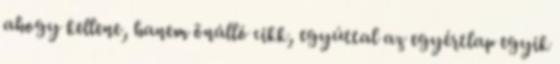
ahogy kellene, hanem önálló cikk, egyúttal az egyértlap egyik